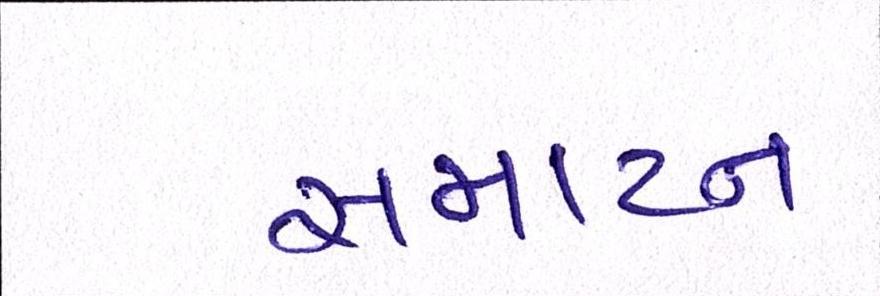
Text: સમાપ્ન